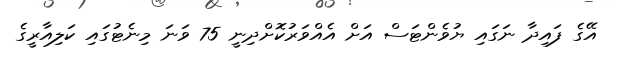
އޭގެ ފައިދާ ނަގައި ޔުވެންޓަސް އަށް އެއްވަރުކޮށްދިނީ 75 ވަނަ މިނެޓުގައި ކަލިއާރީގެ